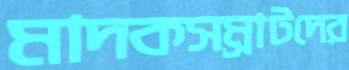
মাদকসম্রাটদের